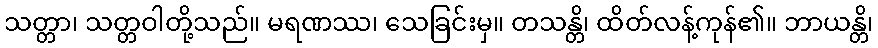
သတ္တာ၊ သတ္တဝါတို့သည်။ မရဏဿ၊ သေခြင်းမှ။ တသန္တိ၊ ထိတ်လန့်ကုန်၏။ ဘာယန္တိ၊